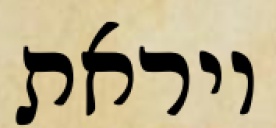
ויראת